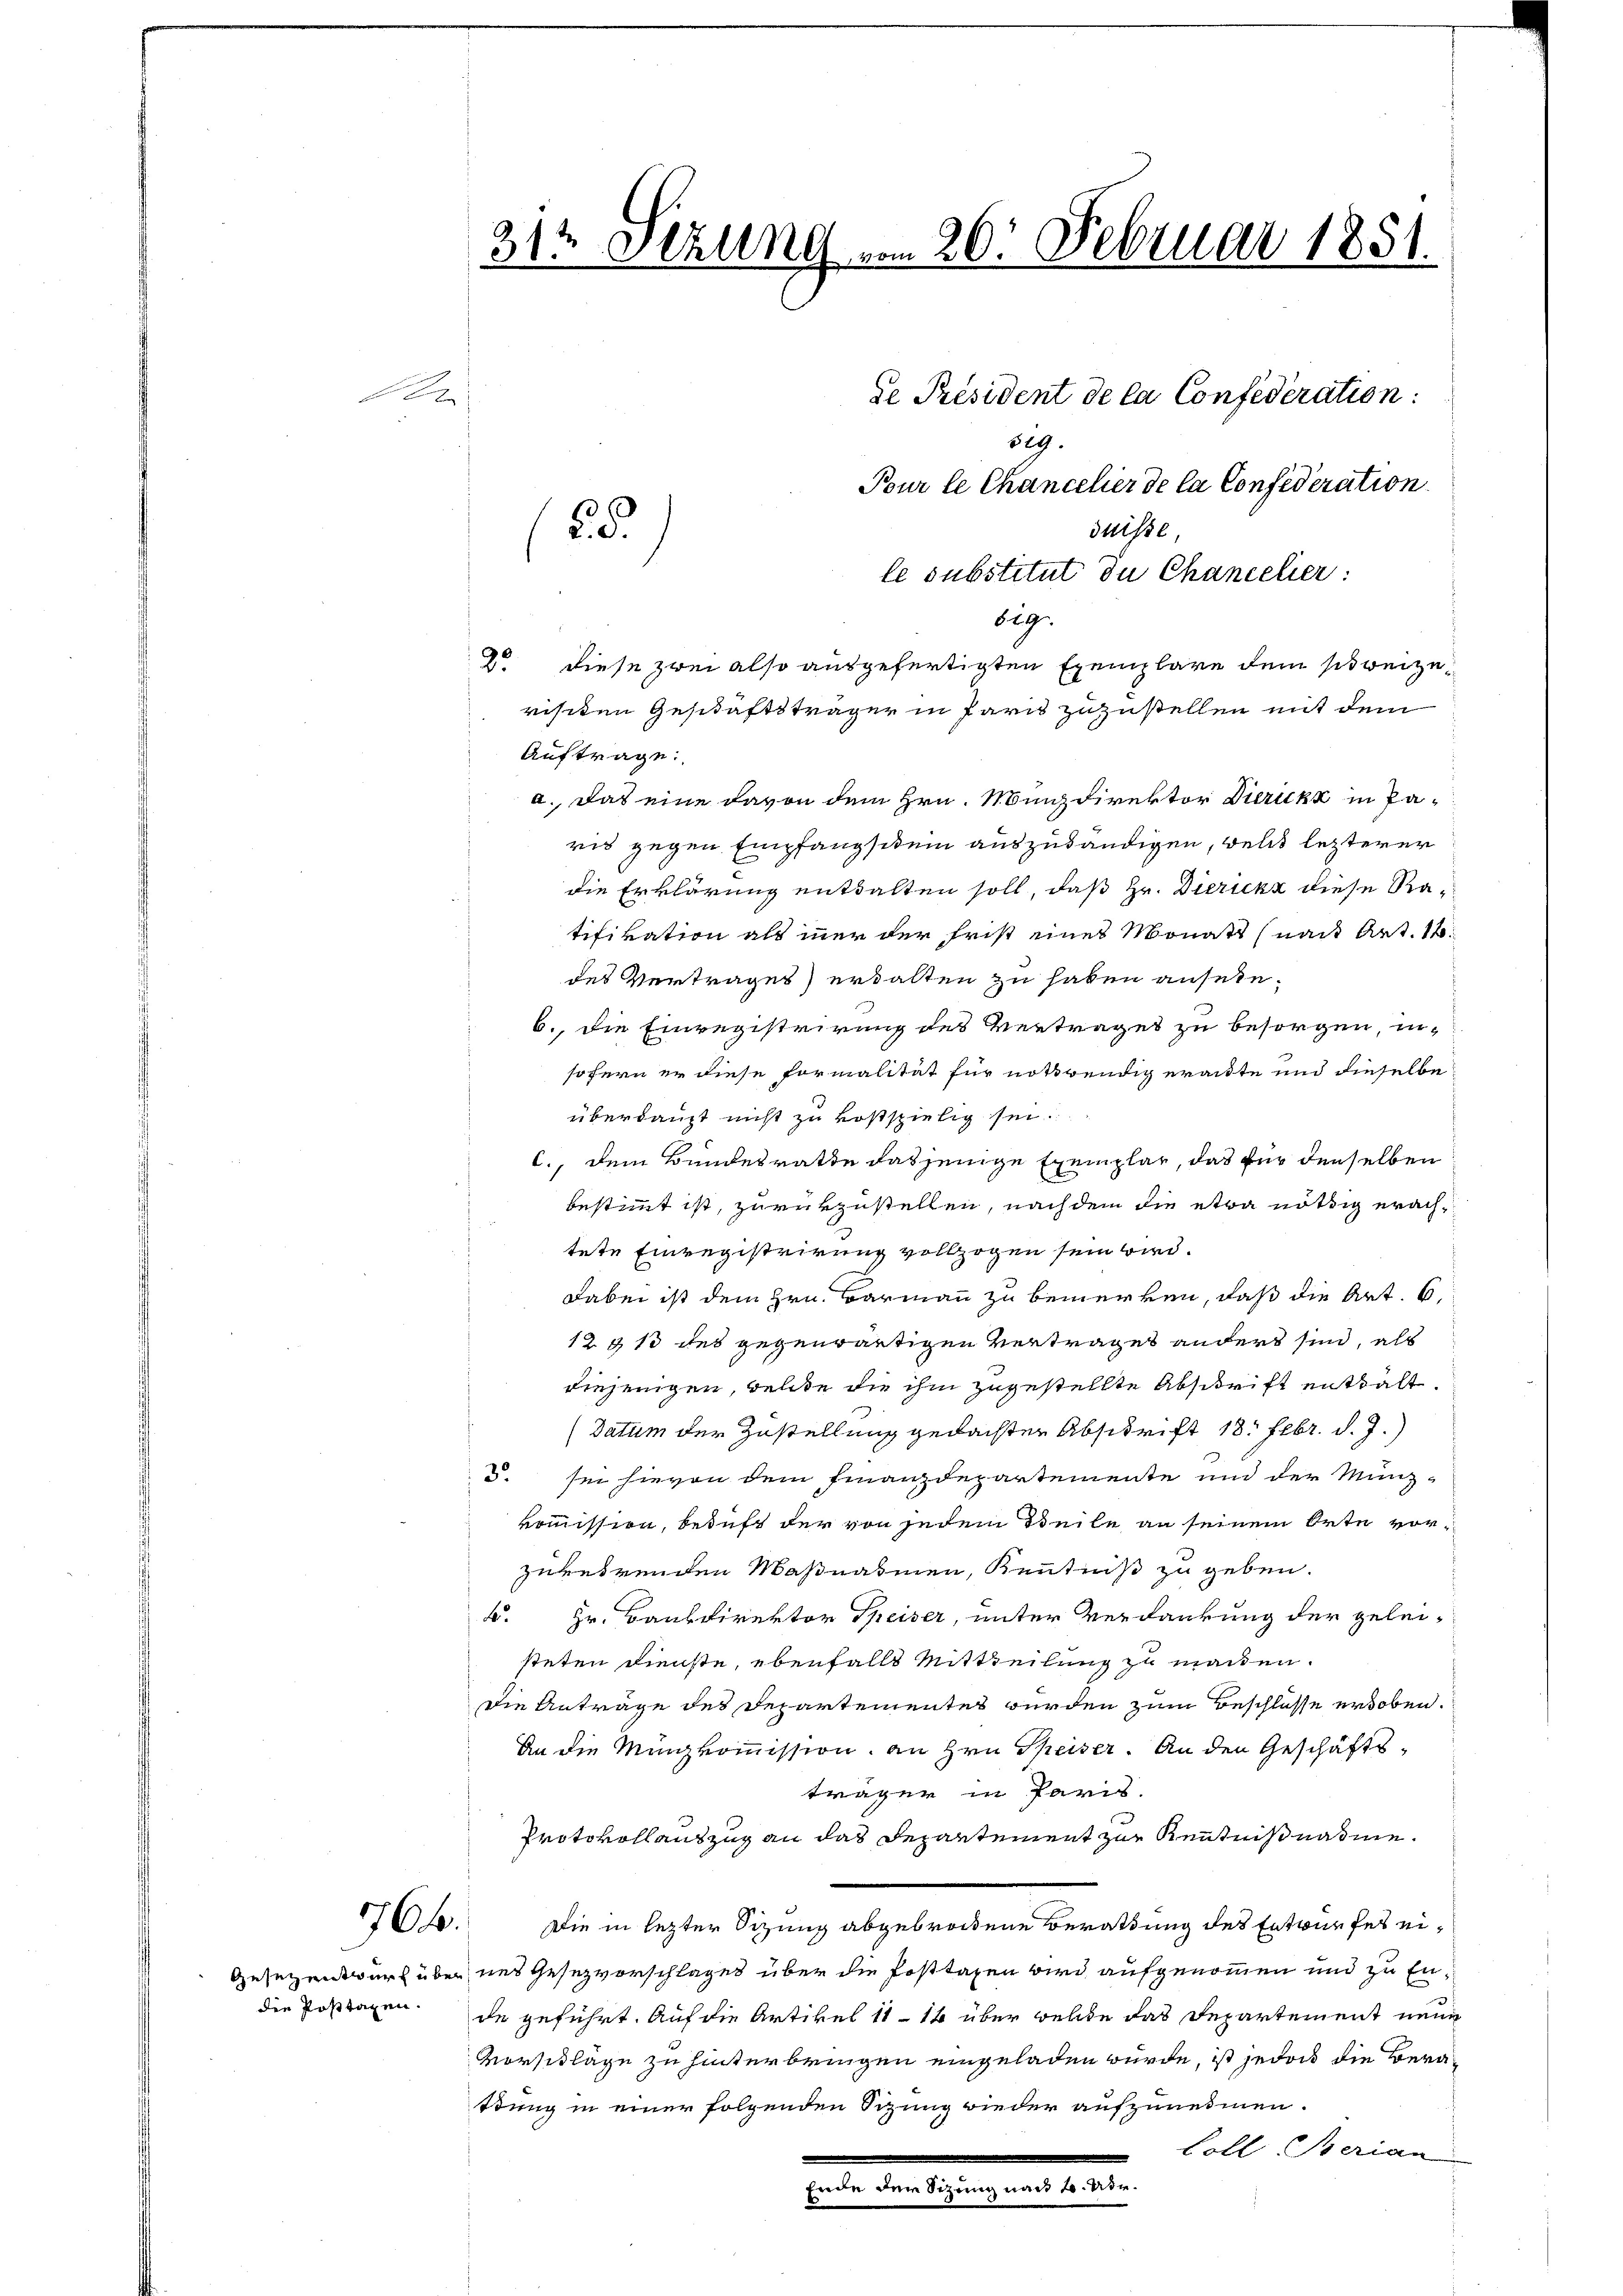
R

766.

312 Sezung vom 20. Februar 1851.
de Président de la Confédération:
529.
Pour le Chancelier de la Confederation
duisse,
55.
le substitut du Chancelier:
big.

2o. Diese zwei also ausgefertigten Exemplare dem schweizerisiten Geschäftsträger in Paris zuzustellen mit dem
Auftrage:
a. Das eine davon dem Hrn. Minzdirektor Dirickk in Paris gegen Empfangschein auszuhändigen, welch lezterer
die Erklärung entsalten soll, daß Hr. Dierickz diese Ratifikation als mer der Frist eines Monats (nach Art. 11.
des Vertrages) erwalten zu haben ansehn¬
 6., die Einregistrirung des Vertrages zu besorgen, insofern er diese formalität für notwendig erachte und dieselbe
überhaupt nicht zu kostspielig sei.
6., dem Bundesrathe dasjenige Exemplar, das für denselben
bestimmt ist, zurükzustellen, nachdem die etwa nöthig erachtete Einregistrirung vollzogen sein wird.
Dabei ist dem Hrn. Barmann zu bemerken, daß die Art. 6,
12 § 13 des gegenwärtigen Vertrages anders sind, als
diejenigen, welche die ihm zugestellte Abschrift enttalt.
(Datum der Zustellung gedachter Abschrift 18. Febr. d. J.,
5. sei hievon dem Finanzdepartemente und der Münz-
kommission, beduft der von jedem Teile an seinem Orte vorzukehrenden Maßnasmen, Kenntniß zu geben.
k. Hr. Baubdirektor Speiser, unter Verdankung der gelei-
steten dienste, ebenfalls Mittheilung zu machen.
Die Anträge des Departementes würden zum Beschlüsse erhoben.
An die Minkommission, an Hrn. Speiser. An den Geschäftsträger in Paris.
Protokollauszug an das Departement zur Kenntnißnahme.
Die in lezter Sitzung abgebrochene Beratung des Entwurfes ei¬
Gesezentwurf über und Gesezvorschlages über die Posttagen wird aufgenommen und zu Endie Posttaxen de geführt. Auf die Artikel 11 - 14 über welde das Departement neue
Vorschläge zu hinterbringen eingeladen würde, ist jedoch die Berattung in einer folgenden Sizung wieder aufzunehmen.
Goll Berian
Ende der Sizung nach 2. dir.